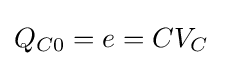
Q_{C0}=e=CV_{C}\